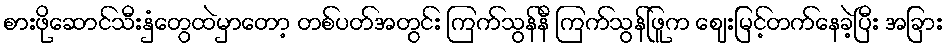
စားဖိုဆောင်သီးနှံတွေထဲမှာတော့ တစ်ပတ်အတွင်း ကြက်သွန်နီ ကြက်သွန်ဖြူက ဈေးမြင့်တက်နေခဲ့ပြီး အခြား